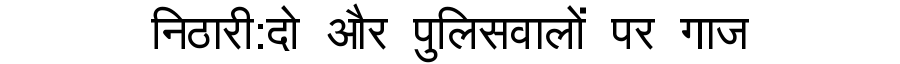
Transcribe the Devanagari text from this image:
निठारी:दो और पुलिसवालों पर गाज